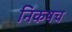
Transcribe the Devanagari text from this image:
निकषच